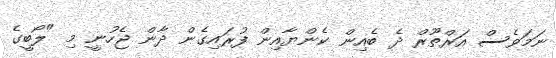
ނަމަވެސް އަރްތޫރް ދެ ބެއިން ކެންޔާއިން ފުރައިގެން ދާން ޖެހުނީ މި "ލޯބީގެ